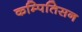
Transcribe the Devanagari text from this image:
कम्पितिसन